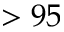
> 9 5